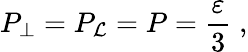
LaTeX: P_{\perp}=P_{\mathcal{L}}=P=\frac{{\varepsilon}}{{3}}\; ,